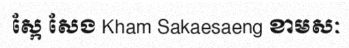
ស្កែ សែង Kham Sakaesaeng ខាមសៈ